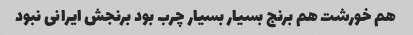
هم خورشت هم برنج بسیار بسیار چرب بود برنجش ایرانی نبود